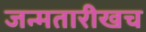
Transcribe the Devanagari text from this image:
जन्मतारीखच